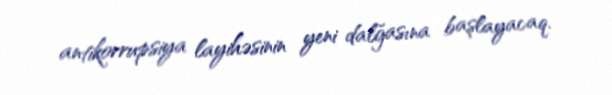
antikorrupsiya layihəsinin yeni dalğasına başlayacaq.